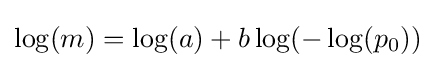
\log(m)=\log(a)+b\log(-\log(p_{0}))